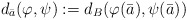
\begin{align*}d_{\bar a}(\varphi,\psi):=d_B(\varphi(\bar a),\psi(\bar a))\end{align*}